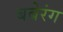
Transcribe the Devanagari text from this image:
बबेरंग